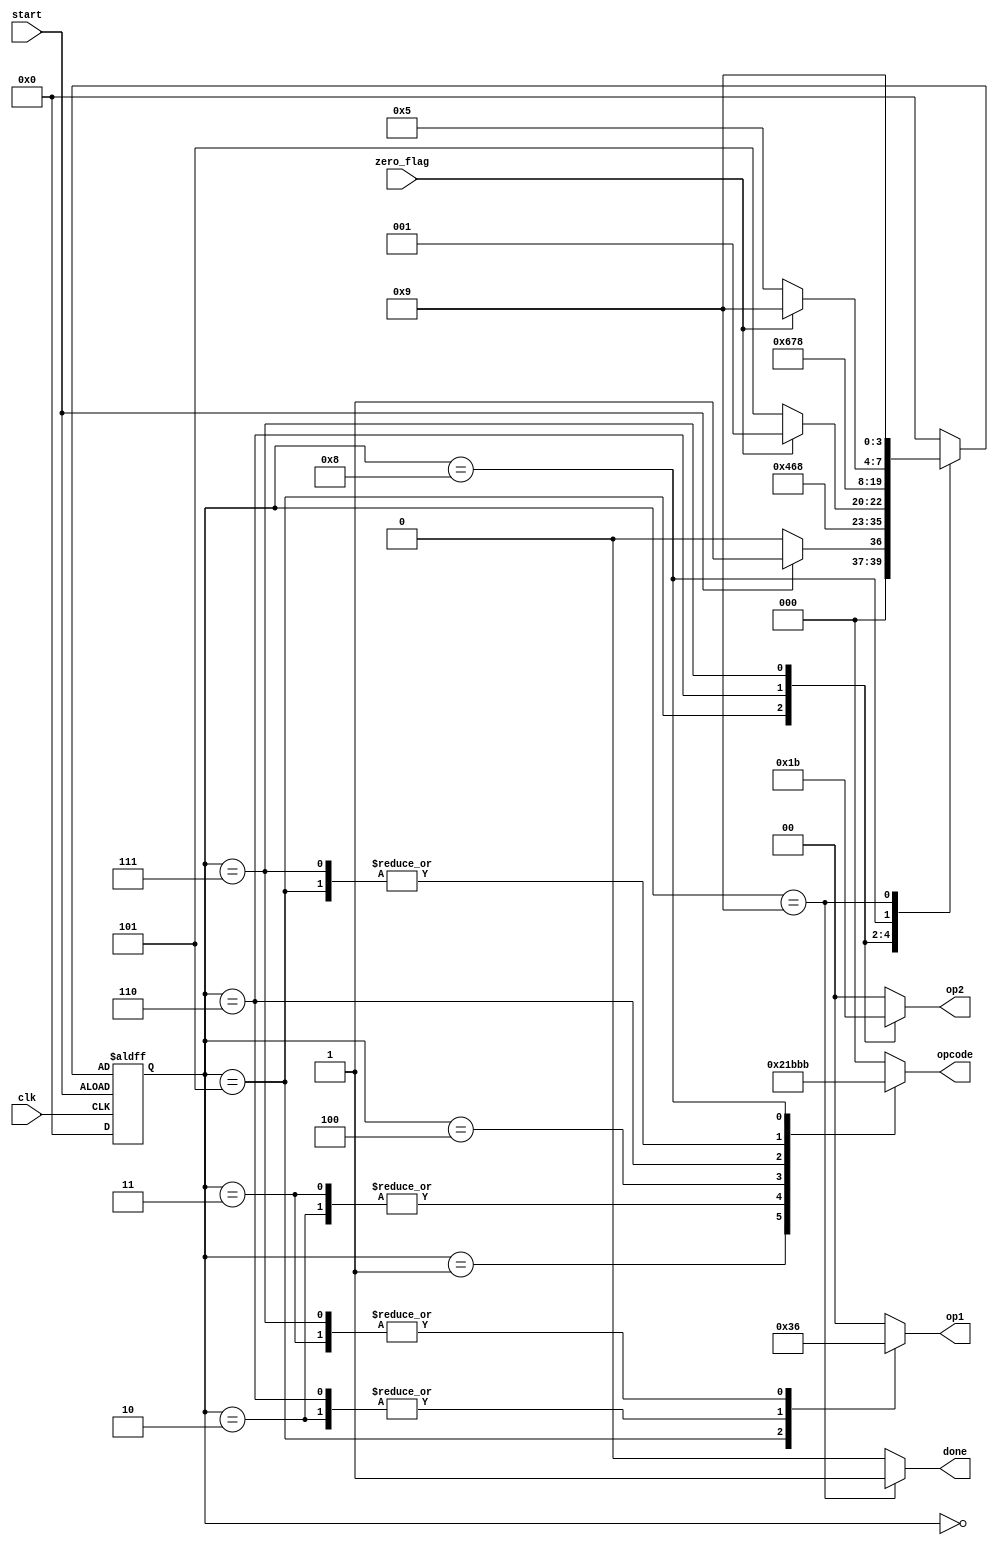
module FSM(start,zero_flag,clk,done,opcode,op1,op2);
  input zero_flag;
  input clk,start;
  reg [3:0]state,nextstate;
  output reg [2:0]opcode;
  output reg [1:0]op1,op2;
  output reg done;
  parameter S0=4'b0000,S1=4'b0001,S2=4'b0010,S3=4'b0011,S4=4'b0100,S5=4'b0101,S6=4'b0110,S7=4'b0111,S8=4'b1000,S9=4'b1001;
  always @(posedge clk or posedge start)
  if(start)
    state<=nextstate; //fsm will keep continuing as long as start is 1
  else
    state<=S0; //if start input is 0, the fsm will begin from state 0
    
    always @(state or zero_flag or start)
    begin
      op1=2'b00;op2=2'b00;opcode=3'b000;done=0;nextstate=S0;//inital state 
      case(state)
        S0: //reset state
        if(start)
          begin
            opcode=3'b000;
            op1=2'b00;
            op2=2'b00;
            done=0;
            nextstate=S1;
          end
        else
          nextstate=S0;
          
          S1:  //load count value
          begin
            opcode=3'b100;
            op1=2'b00;
            op2=2'b00;
            done=0;
            nextstate=S2;
          end
          S2:  //set num1
          begin
            opcode=3'b001;
            op1=2'b01;
            op2=2'b00;
            done=0;
            nextstate=S3;
          end
          S3: //set num2
          begin
            opcode=3'b001;
            op1=2'b10;
            op2=2'b00;
            done=0;
            nextstate=S4;
          end
          S4: //check count
          begin
            opcode=3'b101;
            op1=2'b00;
            op2=2'b00;
            done=1'b0;
            if(zero_flag)
              nextstate=S1; //if count is 0 load new count
            else
              nextstate=S5; //if count is not 0, continue calculating
            end
           S5: // R3<-R1
           begin
              opcode=3'b111; //copy
              op1=2'b11; //R3
              op2=2'b01; //R1
              done=0;
              nextstate=S6;
            end
            S6: //R1<-R1+R2
            begin
              opcode=3'b110; //add
              op1=2'b01;
              op2=2'b10;
              done=1'b0;
              nextstate=S7;
            end
            S7: //R2<-R3
            begin
              opcode=3'b111;
              op1=2'b10;
              op2=2'b11;
              done=1'b0;
              nextstate=S8;
            end
            S8: //count<-count-1
            begin
              opcode=3'b011;
              op1=2'b00;
              op2=2'b00;
              done=1'b0;
              if(zero_flag)
                nextstate=S9;
              else
                nextstate=S5;
              end
              S9: //last state, does no operation, sets done=1
              begin
                opcode=3'b000;
                op1=2'b00;
                op2=2'b00;
                done=1'b1;
                nextstate=S9;
              end
            endcase
          end
        endmodule